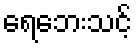
ရေဘေးသင့်